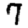
Digit: 7